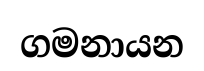
ගමනායන